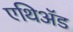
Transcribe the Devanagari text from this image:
एथिॲड